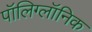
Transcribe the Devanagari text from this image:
पॉलिग्लॉनिक